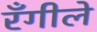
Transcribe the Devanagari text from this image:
रँगीले